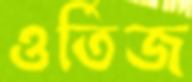
ওর্তিজ